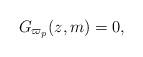
LaTeX: \begin{align*}G_{\varpi_{p}}(z,m)=0,\end{align*}